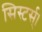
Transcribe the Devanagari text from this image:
सिस्टर्स्।